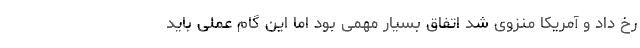
رخ داد و آمریکا منزوی شد اتفاق بسیار مهمی بود اما این گام عملی باید